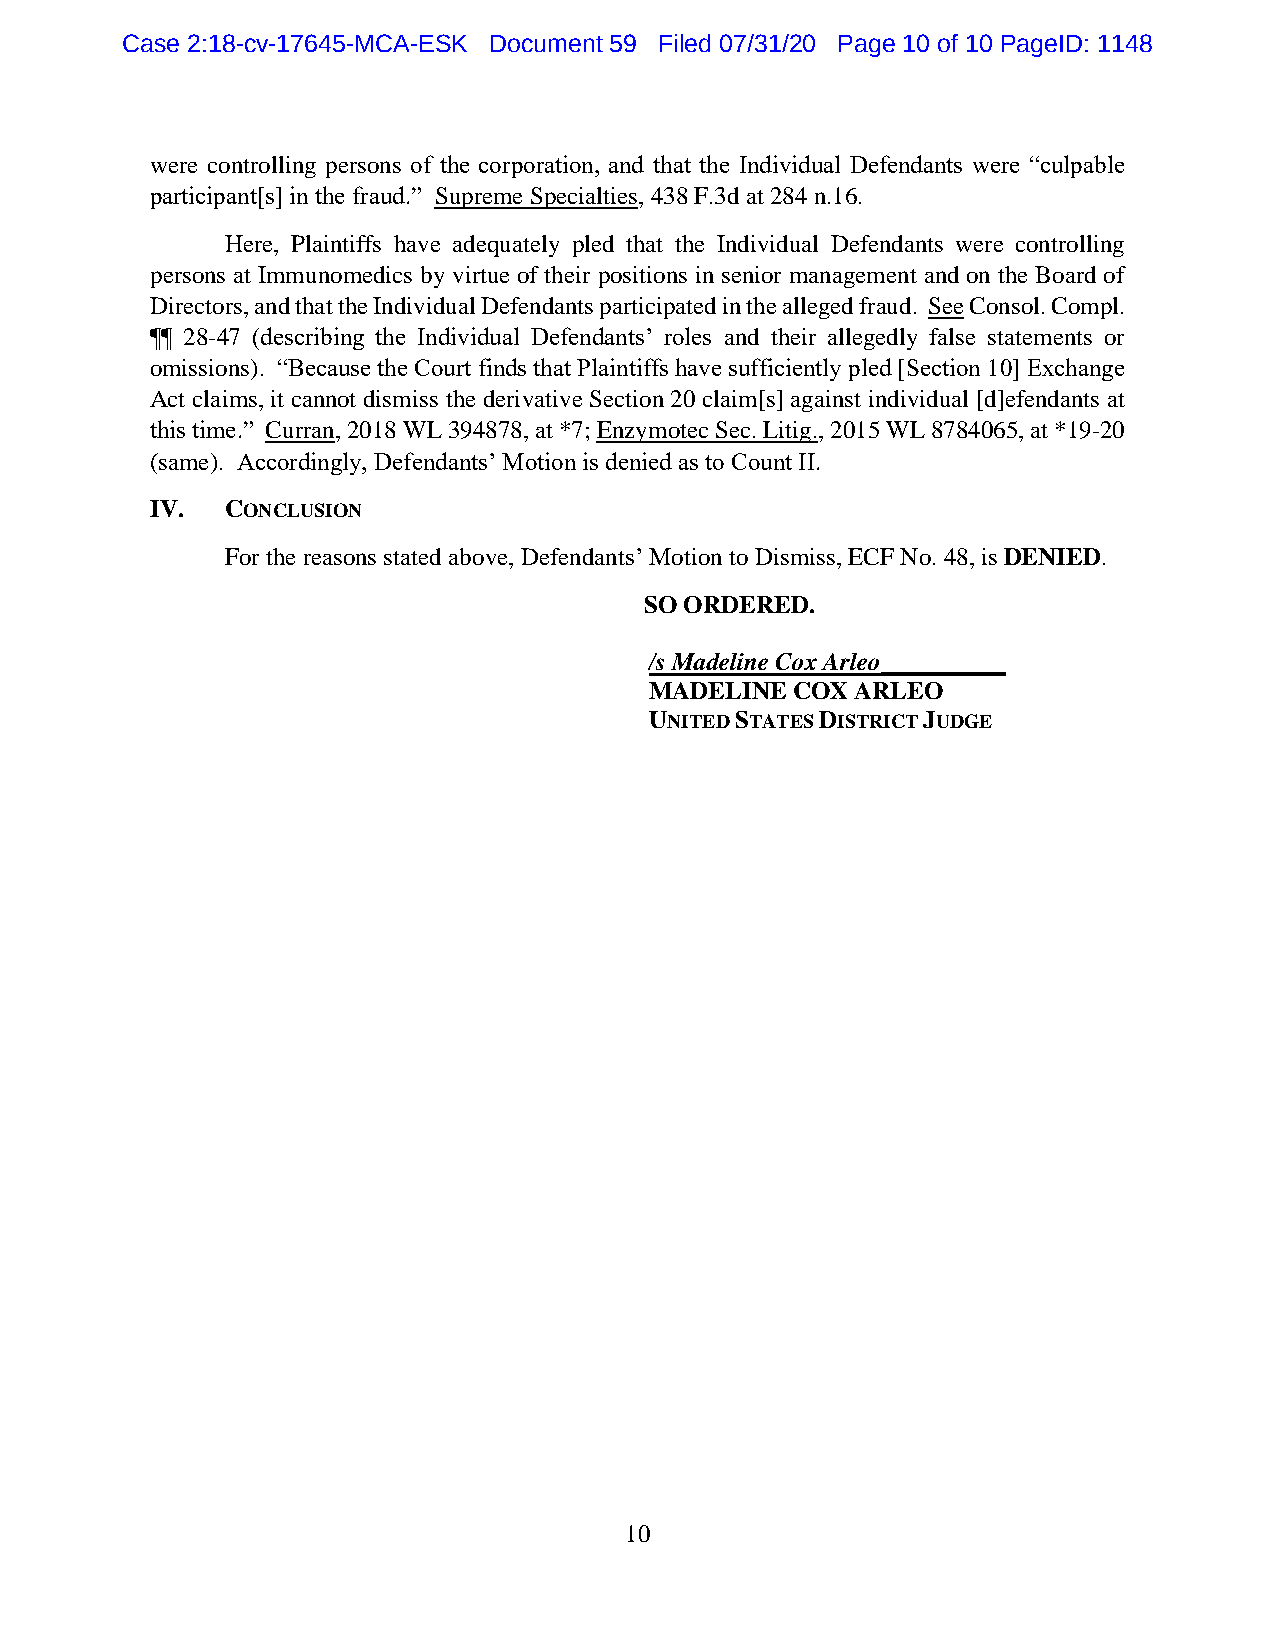
Case 2:18-cv-17645-MCA-ESK Document 59 Filed 07/31/20 Page 10 of 10 PageID: 1148
 were controlling persons of the corporation, and that the Individual Defendants were “culpable
 participant[s] in the fraud.” Supreme Specialties, 438 F.3d at 284 n.16.
 Here, Plaintiffs have adequately pled that the Individual Defendants were controlling
 persons at Immunomedics by virtue of their positions in senior management and on the Board of
 Directors, and that the Individual Defendants participated in the alleged fraud. See Consol. Compl.
 ¶¶ 28-47 (describing the Individual Defendants’ roles and their allegedly false statements or
 omissions). “Because the Court finds that Plaintiffs have sufficiently pled [Section 10] Exchange
 Act claims, it cannot dismiss the derivative Section 20 claim[s] against individual [d]efendants at
 this time.” Curran, 2018 WL 394878, at *7; Enzymotec Sec. Litig., 2015 WL 8784065, at *19-20
 (same). Accordingly, Defendants’ Motion is denied as to Count II.
 IV.  CONCLUSION
 For the reasons stated above, Defendants’ Motion to Dismiss, ECF No. 48, is DENIED.
 SO ORDERED.
 /s Madeline Cox Arleo__________
 MADELINE COX  ARLEO
 UNITED STATES DISTRICT JUDGE
 10